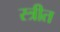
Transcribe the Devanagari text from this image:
स्त्रीत